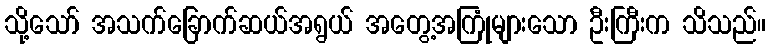
သို့သော် အသက်ခြောက်ဆယ်အရွယ် အတွေ့အကြုံများသော ဦးကြီးက သိသည်။